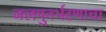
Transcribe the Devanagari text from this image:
जलपुनर्भरणाचा